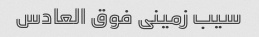
سیب زمینی فوق العادس